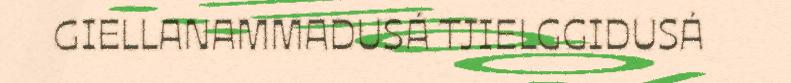
GIELLANAMMADUSÁ TJIELGGIDUSÁ